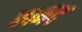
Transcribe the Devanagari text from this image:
कामद